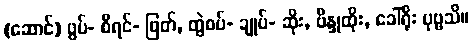
(ဆောင်) ဖွပ်- စီရင်- ဖြတ်, တွဲစပ်- ချုပ်- ဆိုး, ဗိန္ဒုထိုး, ခေါ်ရိုး ပုဗ္ဗသိ။